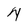
Character: 4